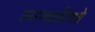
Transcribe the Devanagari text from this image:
स्मरणशक्तीमध्ये